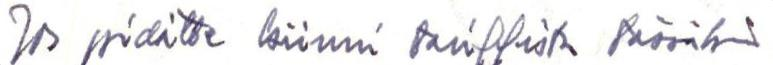
Jos piditte kiinni tariffista tässäkin